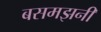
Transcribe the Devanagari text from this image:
बसमझनी